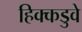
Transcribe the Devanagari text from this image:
हिक्कडुवे